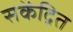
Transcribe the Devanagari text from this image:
सकेंद्रित